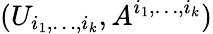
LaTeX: (U_{i_{1},\dots,i_{k}},A^{i_{1},\dots,i_{k}})